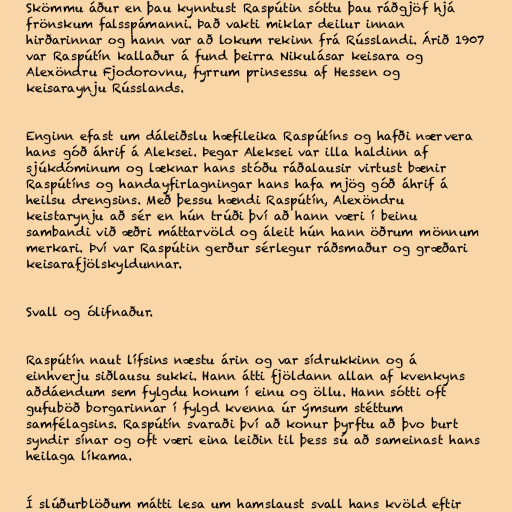
Skömmu áður en þau kynntust Raspútin sóttu þau ráðgjöf hjá
frönskum falsspámanni. Það vakti miklar deilur innan
hirðarinnar og hann var að lokum rekinn frá Rússlandi. Árið 1907
var Raspútín kallaður á fund þeirra Nikulásar keisara og
Alexöndru Fjodorovnu, fyrrum prinsessu af Hessen og
keisaraynju Rússlands.

Enginn efast um dáleiðslu hæfileika Raspútíns og hafði nærvera
hans góð áhrif á Aleksei. Þegar Aleksei var illa haldinn af
sjúkdóminum og læknar hans stóðu ráðalausir virtust bænir
Raspútíns og handayfirlagningar hans hafa mjög góð áhrif á
heilsu drengsins. Með þessu hændi Raspútín, Alexöndru
keistarynju að sér en hún trúði því að hann væri í beinu
sambandi við æðri máttarvöld og áleit hún hann öðrum mönnum
merkari. Því var Raspútin gerður sérlegur ráðsmaður og græðari
keisarafjölskyldunnar.

Svall og ólifnaður.

Raspútín naut lífsins næstu árin og var sídrukkinn og á
einhverju siðlausu sukki. Hann átti fjöldann allan af kvenkyns
aðdáendum sem fylgdu honum í einu og öllu. Hann sótti oft
gufuböð borgarinnar í fylgd kvenna úr ýmsum stéttum
samfélagsins. Raspútín svaraði því að konur þyrftu að þvo burt
syndir sínar og oft væri eina leiðin til þess sú að sameinast hans
heilaga líkama.

Í slúðurblöðum mátti lesa um hamslaust svall hans kvöld eftir